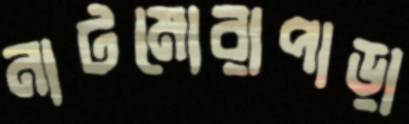
নাটমোরাপাড়া